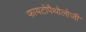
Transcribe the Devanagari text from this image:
फायटोपैथोलोजी